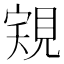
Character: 𧠽